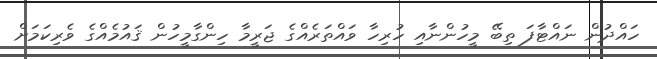
ހައްދުން ނައްޓާފަ ތިބޭ މީހުންނާއި ހުރިހާ ވައްތަރެއްގެ ޖަރީމާ ހިންގާމީހުން ޤައުމެއްގެ ވެރިކަމަށް